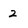
Character: 2